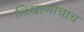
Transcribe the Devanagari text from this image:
लिखाणाचाच